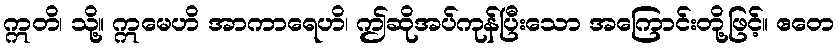
ဣတိ၊ သို့။ ဣမေဟိ အာကာရေဟိ၊ ဤဆိုအပ်ကုန်ပြီးသော အကြောင်းတို့ဖြင့်။ ဧတေ